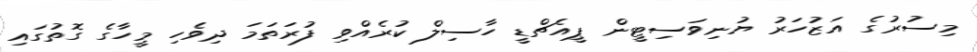
މިސުރުގެ އަޒުހަރު ޔުނިވަސިޓީން ޕީއެޗްޑީ ހާސިލް ކުރެއްވި ފުރަތަމަ ދިވެހި މީހާގެ ގޮތުގައި